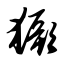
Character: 獗